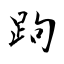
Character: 跔